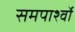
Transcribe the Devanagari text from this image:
समपार्श्वो